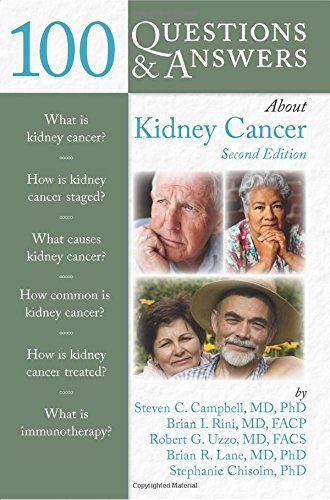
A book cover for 100 Questions  &  Answers About Kidney Cancer; Steven C. Campbell; Medical Books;